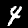
Label: 4